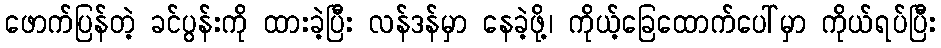
ဖောက်ပြန်တဲ့ ခင်ပွန်းကို ထားခဲ့ပြီး လန်ဒန်မှာ နေခဲ့ဖို့၊ ကိုယ့်ခြေထောက်ပေါ်မှာ ကိုယ်ရပ်ပြီး